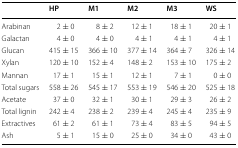
<table><thead><tr><td></td><td><b>HP</b></td><td><b>M1</b></td><td><b>M2</b></td><td><b>M3</b></td><td><b>WS</b></td></tr></thead><tbody><tr><td>Arabinan</td><td>2 ± 0</td><td>8 ± 2</td><td>12 ± 1</td><td>18 ± 1</td><td>20 ± 1</td></tr><tr><td>Galactan</td><td>4 ± 0</td><td>4 ± 0</td><td>4 ± 1</td><td>4 ± 1</td><td>4 ± 1</td></tr><tr><td>Glucan</td><td>415 ± 15</td><td>366 ± 10</td><td>377 ± 14</td><td>364 ± 7</td><td>326 ± 14</td></tr><tr><td>Xylan</td><td>120 ± 10</td><td>152 ± 4</td><td>148 ± 2</td><td>153 ± 10</td><td>175 ± 2</td></tr><tr><td>Mannan</td><td>17 ± 1</td><td>15 ± 1</td><td>12 ± 1</td><td>7 ± 1</td><td>0 ± 0</td></tr><tr><td>Total sugars</td><td>558 ± 26</td><td>545 ± 17</td><td>553 ± 19</td><td>546 ± 20</td><td>525 ± 18</td></tr><tr><td>Acetate</td><td>37 ± 0</td><td>32 ± 1</td><td>30 ± 1</td><td>29 ± 3</td><td>26 ± 2</td></tr><tr><td>Total lignin</td><td>242 ± 4</td><td>238 ± 2</td><td>239 ± 4</td><td>245 ± 4</td><td>235 ± 9</td></tr><tr><td>Extractives</td><td>61 ± 2</td><td>61 ± 1</td><td>73 ± 4</td><td>83 ± 5</td><td>94 ± 5</td></tr><tr><td>Ash</td><td>5 ± 1</td><td>15 ± 0</td><td>25 ± 0</td><td>34 ± 0</td><td>43 ± 0</td></tr></tbody></table>